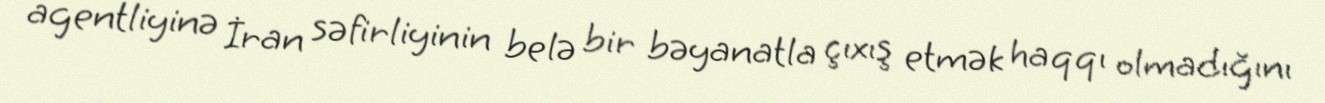
agentliyinə İran səfirliyinin belə bir bəyanatla çıxış etmək haqqı olmadığını